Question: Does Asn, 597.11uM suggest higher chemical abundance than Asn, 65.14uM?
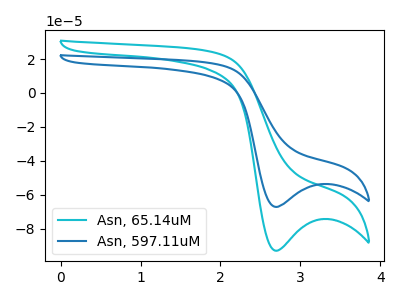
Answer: <think>The cyan curve "Asn, 65.14uM" has a cathodic peak at: (2.70V, -92.95uA). The blue curve "Asn, 597.11uM" has a cathodic peak at: (2.70V, -67.15uA).
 All the peaks in "Asn, 597.11uM" have a peak in "Asn, 65.14uM" at the same potential. Every peak in "Asn, 597.11uM" is lower than every peak in "Asn, 65.14uM".</think>
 <answer>"Asn, 597.11uM" has less signal than "Asn, 65.14uM".</answer>
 <eval>less_signal</eval>